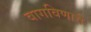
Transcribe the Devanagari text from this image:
वागविणारी